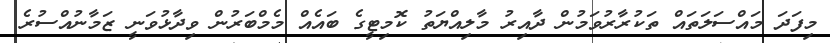
މިފަދަ މައްސަލަތައް ތަކުރާރުވަމުން ދާއިރު މާލިއްޔަތު ކޮމިޓީގެ ބައެއް މެމްބަރުން ވިދާޅުވަނީ ޒަމާނުއްސުރެ